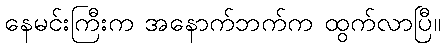
နေမင်းကြီးက အနောက်ဘက်က ထွက်လာပြီ။